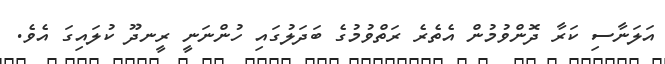
އަލަނާސި ކަރާ ދޮންވުމުން އެތެރެ ރަތްވުމުގެ ބަދަލުގައި ހުންނަނީ ރީނދޫ ކުލައިގަ އެވެ.